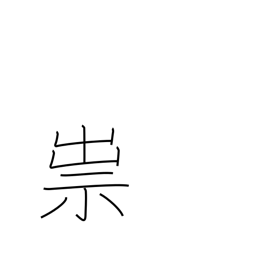
Meaning: curse